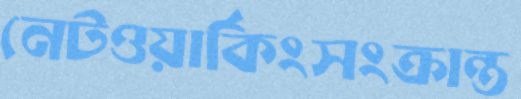
নেটওয়ার্কিংসংক্রান্ত